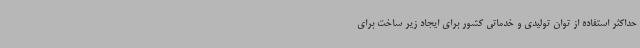
حداکثر استفاده از توان تولیدی و خدماتی کشور برای ایجاد زیر ساخت برای